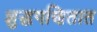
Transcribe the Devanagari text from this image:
शुद्धगणितात